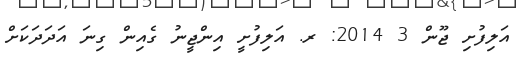
އަލިފުށި ޖޫން 3 2014: ރ. އަލިފުށީ އިންޖީނު ގެއިން ގިނަ އަދަދަކަށް